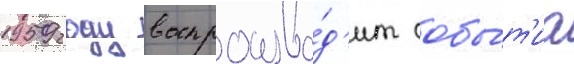
1959 году воспроизво́д'ит собы́т'иа